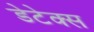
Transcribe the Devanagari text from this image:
डेटेक्स